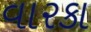
વારકા